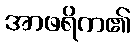
အာဖရိက၏